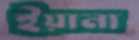
ইয়ানা